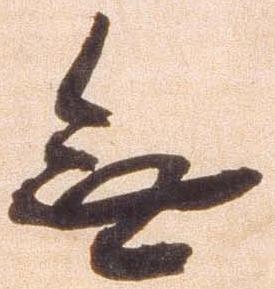
無